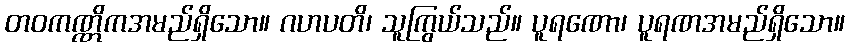
တဝကဏ္ဏိကအမည်ရှိသော။ ဂဟပတိ၊ သူကြွယ်သည်။ ပူရဏော၊ ပူရဏအမည်ရှိသော။